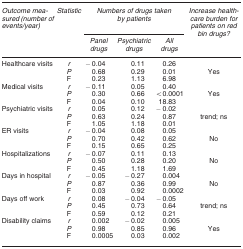
<table><thead><tr><td><b><i>Outcome measured (number of events/year)</i></b></td><td><b><i>Statistic</i></b></td><td colspan="3"><b><i>Numbers of drugs taken by patients</i></b></td><td><b><i>Increase healthcare burden for patients on red bin drugs?</i></b></td></tr><tr><td><b> </b></td><td><b> </b></td><td><b><i>Panel drugs</i></b></td><td><b><i>Psychiatric drugs</i></b></td><td><b><i>All drugs</i></b></td><td><b> </b></td></tr></thead><tbody><tr><td>Healthcare visits</td><td><i>r</i></td><td>−0.04</td><td>0.11</td><td>0.26</td><td> </td></tr><tr><td> </td><td><i>P</i></td><td>0.68</td><td>0.29</td><td>0.01</td><td>Yes</td></tr><tr><td> </td><td>F</td><td>0.23</td><td>1.13</td><td>6.98</td><td> </td></tr><tr><td>Medical visits</td><td><i>r</i></td><td>−0.11</td><td>0.05</td><td>0.40</td><td> </td></tr><tr><td> </td><td><i>P</i></td><td>0.30</td><td>0.66</td><td>&lt;0.0001</td><td>Yes</td></tr><tr><td> </td><td>F</td><td>0.04</td><td>0.10</td><td>18.83</td><td> </td></tr><tr><td>Psychiatric visits</td><td><i>r</i></td><td>0.05</td><td>0.12</td><td>−0.02</td><td> </td></tr><tr><td> </td><td><i>P</i></td><td>0.63</td><td>0.24</td><td>0.87</td><td>trend; ns</td></tr><tr><td> </td><td>F</td><td>1.05</td><td>1.18</td><td>0.01</td><td> </td></tr><tr><td>ER visits</td><td><i>r</i></td><td>−0.04</td><td>0.08</td><td>0.05</td><td> </td></tr><tr><td> </td><td><i>P</i></td><td>0.70</td><td>0.42</td><td>0.62</td><td>No</td></tr><tr><td> </td><td>F</td><td>0.15</td><td>0.65</td><td>0.25</td><td> </td></tr><tr><td>Hospitalizations</td><td><i>r</i></td><td>−0.07</td><td>0.11</td><td>0.13</td><td> </td></tr><tr><td> </td><td><i>P</i></td><td>0.50</td><td>0.28</td><td>0.20</td><td>No</td></tr><tr><td> </td><td>F</td><td>0.45</td><td>1.18</td><td>1.69</td><td> </td></tr><tr><td>Days in hospital</td><td><i>r</i></td><td>−0.05</td><td>−0.27</td><td>0.004</td><td> </td></tr><tr><td> </td><td><i>P</i></td><td>0.87</td><td>0.36</td><td>0.99</td><td>No</td></tr><tr><td> </td><td>F</td><td>0.03</td><td>0.92</td><td>0.0002</td><td> </td></tr><tr><td>Days off work</td><td><i>r</i></td><td>0.08</td><td>−0.04</td><td>−0.05</td><td> </td></tr><tr><td> </td><td><i>P</i></td><td>0.45</td><td>0.73</td><td>0.64</td><td>trend; ns</td></tr><tr><td> </td><td>F</td><td>0.59</td><td>0.12</td><td>0.21</td><td> </td></tr><tr><td>Disability claims</td><td><i>r</i></td><td>0.002</td><td>−0.02</td><td>0.005</td><td> </td></tr><tr><td> </td><td><i>P</i></td><td>0.98</td><td>0.85</td><td>0.96</td><td>Yes</td></tr><tr><td> </td><td>F</td><td>0.0005</td><td>0.03</td><td>0.002</td><td> </td></tr></tbody></table>